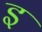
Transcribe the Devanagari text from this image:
इ